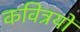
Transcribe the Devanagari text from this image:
कवित्रयों